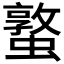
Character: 𮕁